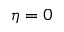
\eta = 0